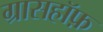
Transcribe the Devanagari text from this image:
ग्रासहॉफ़